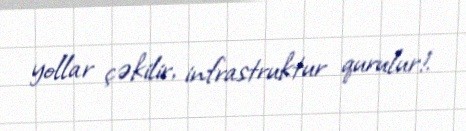
yollar çəkilir, infrastruktur qurulur!.